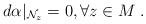
LaTeX: \begin{align*}d\alpha|_{{\mathcal{N}_z}}=0,\forall z\in M\;.\end{align*}